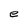
Character: e